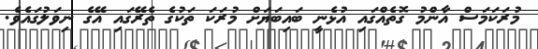
މުރަކަމަސް އާންމު ގޮތެއްގައި އުޅެނީ ބައިބަޔަށް މުރަކަ ތަކުގެ ތެރޭގައި އޭގެ ނިވަލުގައެވެ.